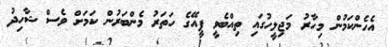
އެހެންކަމުން މިހާރު މަޖިލީހުގައި ތިއްބެވީ ޕީއޭގެ ހަތަރު މެންބަރުން ކަމަށް ވެސް ޝާހިދު